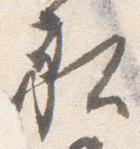
社